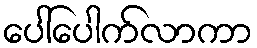
ပေါ်ပေါက်လာကာ